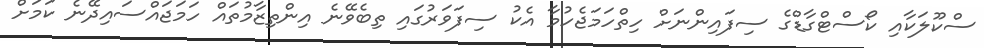
ސްކޫލަކާއި ކޯސްޓްގާޑްގެ ސިފައިންނަށް ހިތްހަމަޖެހުމާ އެކު ސިފަވަރުގައި ތިބެވޭނެ އިންތިޒާމުތައް ހަމަޖައްސައިދޭނެ ކަމަށް